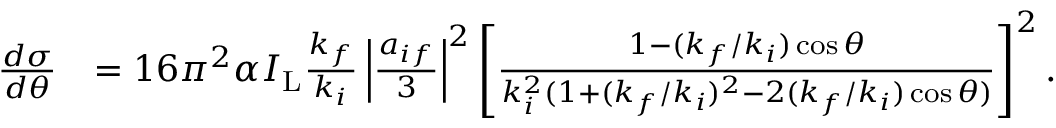
\begin{array} { r l } { \frac { d \sigma } { d \theta } } & { = 1 6 \pi ^ { 2 } \alpha I _ { \mathrm { L } } \frac { k _ { f } } { k _ { i } } \left\vert \frac { a _ { i f } } { 3 } \right\vert ^ { 2 } \left[ \frac { 1 - ( k _ { f } / k _ { i } ) \cos \theta } { k _ { i } ^ { 2 } ( 1 + ( k _ { f } / k _ { i } ) ^ { 2 } - 2 ( k _ { f } / k _ { i } ) \cos \theta ) } \right] ^ { 2 } . } \end{array}